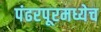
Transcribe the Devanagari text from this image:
पंढरपूरमध्येच